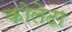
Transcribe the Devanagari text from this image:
कोलेटा